Scientific memoirs by medical officers of the Army of India - Part IV,
Year: 1889
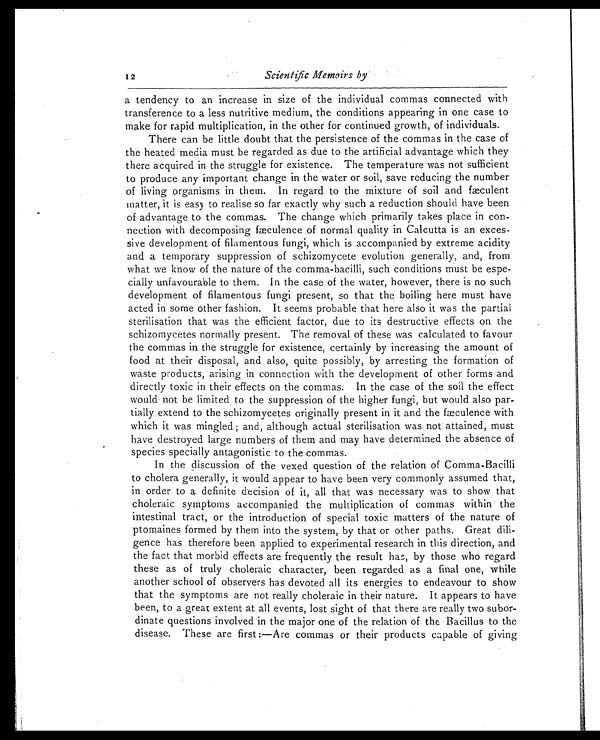
1 2
S c i e n t i f i c M e m o i r s b y
a tendency to an increase in size of the individual commas connected with
transference to a less nutritive medium, the conditions appearing in one case to
make for rapid multiplication, in the other for continued growth, of individuals.
There can be little doubt that the persistence of the commas in the case of
the heated media must be regarded as due to the artificial advantage which they
there acquired in the struggle for existence. The temperature was not sufficient
to produce any important change in the water or soil, save reducing the number
of living organisms in them. In regard to the mixture of soil and fæculent
matter, it is easy to realise so far exactly why such a reduction should have been
of advantage to the commas. The change which primarily takes place in con
-nection with decomposing fæculence of normal quality in Calcutta is an exces
-sive development of filamentous fungi, which is accompanied by extreme acidity
and a temporary suppression of schizomycete evolution generally, and, from
what we know of the nature of the comma-bacilli, such conditions must be espe
-cially unfavourable to them. In the case of the water, however, there is no such
development of filamentous fungi present, so that the boiling here must have
acted in some other fashion. It seems probable that here also it was the partial
sterilisation that was the efficient factor, due to its destructive effects on the
schizomycetes normally present. The removal of these was calculated to favour
the commas in the struggle for existence, certainly by increasing the amount of
food at their disposal, and also, quite possibly, by arresting the formation of
waste products, arising in connection with the development of other forms and
directly toxic in their effects on the commas. In the case of the soil the effect
would not be limited to the suppression of the higher fungi, but would also par
-tially extend to the schizomycetes originally present in it and the fæculence with
which it was mingled; and, although actual sterilisation was not attained, must
have destroyed large numbers of them and may have determined the absence of
species specially antagonistic to the commas.
In the discussion of the vexed question of the relation of Comma-Bacilli
to cholera generally, it would appear to have been very commonly assumed that,
in order to a definite decision of it, all that was necessary was to show that
choleraic symptoms accompanied the multiplication of commas within the
intestinal tract, or the introduction of special toxic matters of the nature of
ptomaines formed by them into the system, by that or other paths. Great dili
- g e n c e h a s t h e r e f o r e b e e n a p p l i e d t o e x p e r i m e n t a l r e s e a r c h i n t h i s d i r e c t i o n , a n d
the fact that morbid effects are frequently the result has, by those who regard
these as of truly choleraic character, been regarded as a final one, while
another school of observers has devoted all its energies to endeavour to show
that the symptoms are not really choleraic in their nature. It appears to have
been, to a great extent at all events, lost sight of that there are really two subor
- d i n a t e q u e s t i o n s i n v o l v e d i n t h e m a j o r o n e o f t h e r e l a t i o n o f t h e B a c i l l u s t o t h e
disease. These are first:—Are commas or their products capable of giving